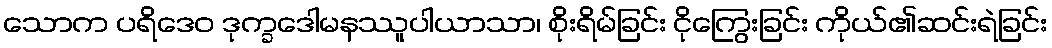
သောက ပရိဒေဝ ဒုက္ခဒေါမနဿူပါယာသာ၊ စိုးရိမ်ခြင်း ငိုကြွေးခြင်း ကိုယ်၏ဆင်းရဲခြင်း